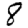
Digit: 8